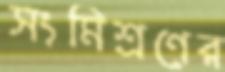
সংমিশ্রণের